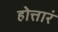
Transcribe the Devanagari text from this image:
होत्तारं